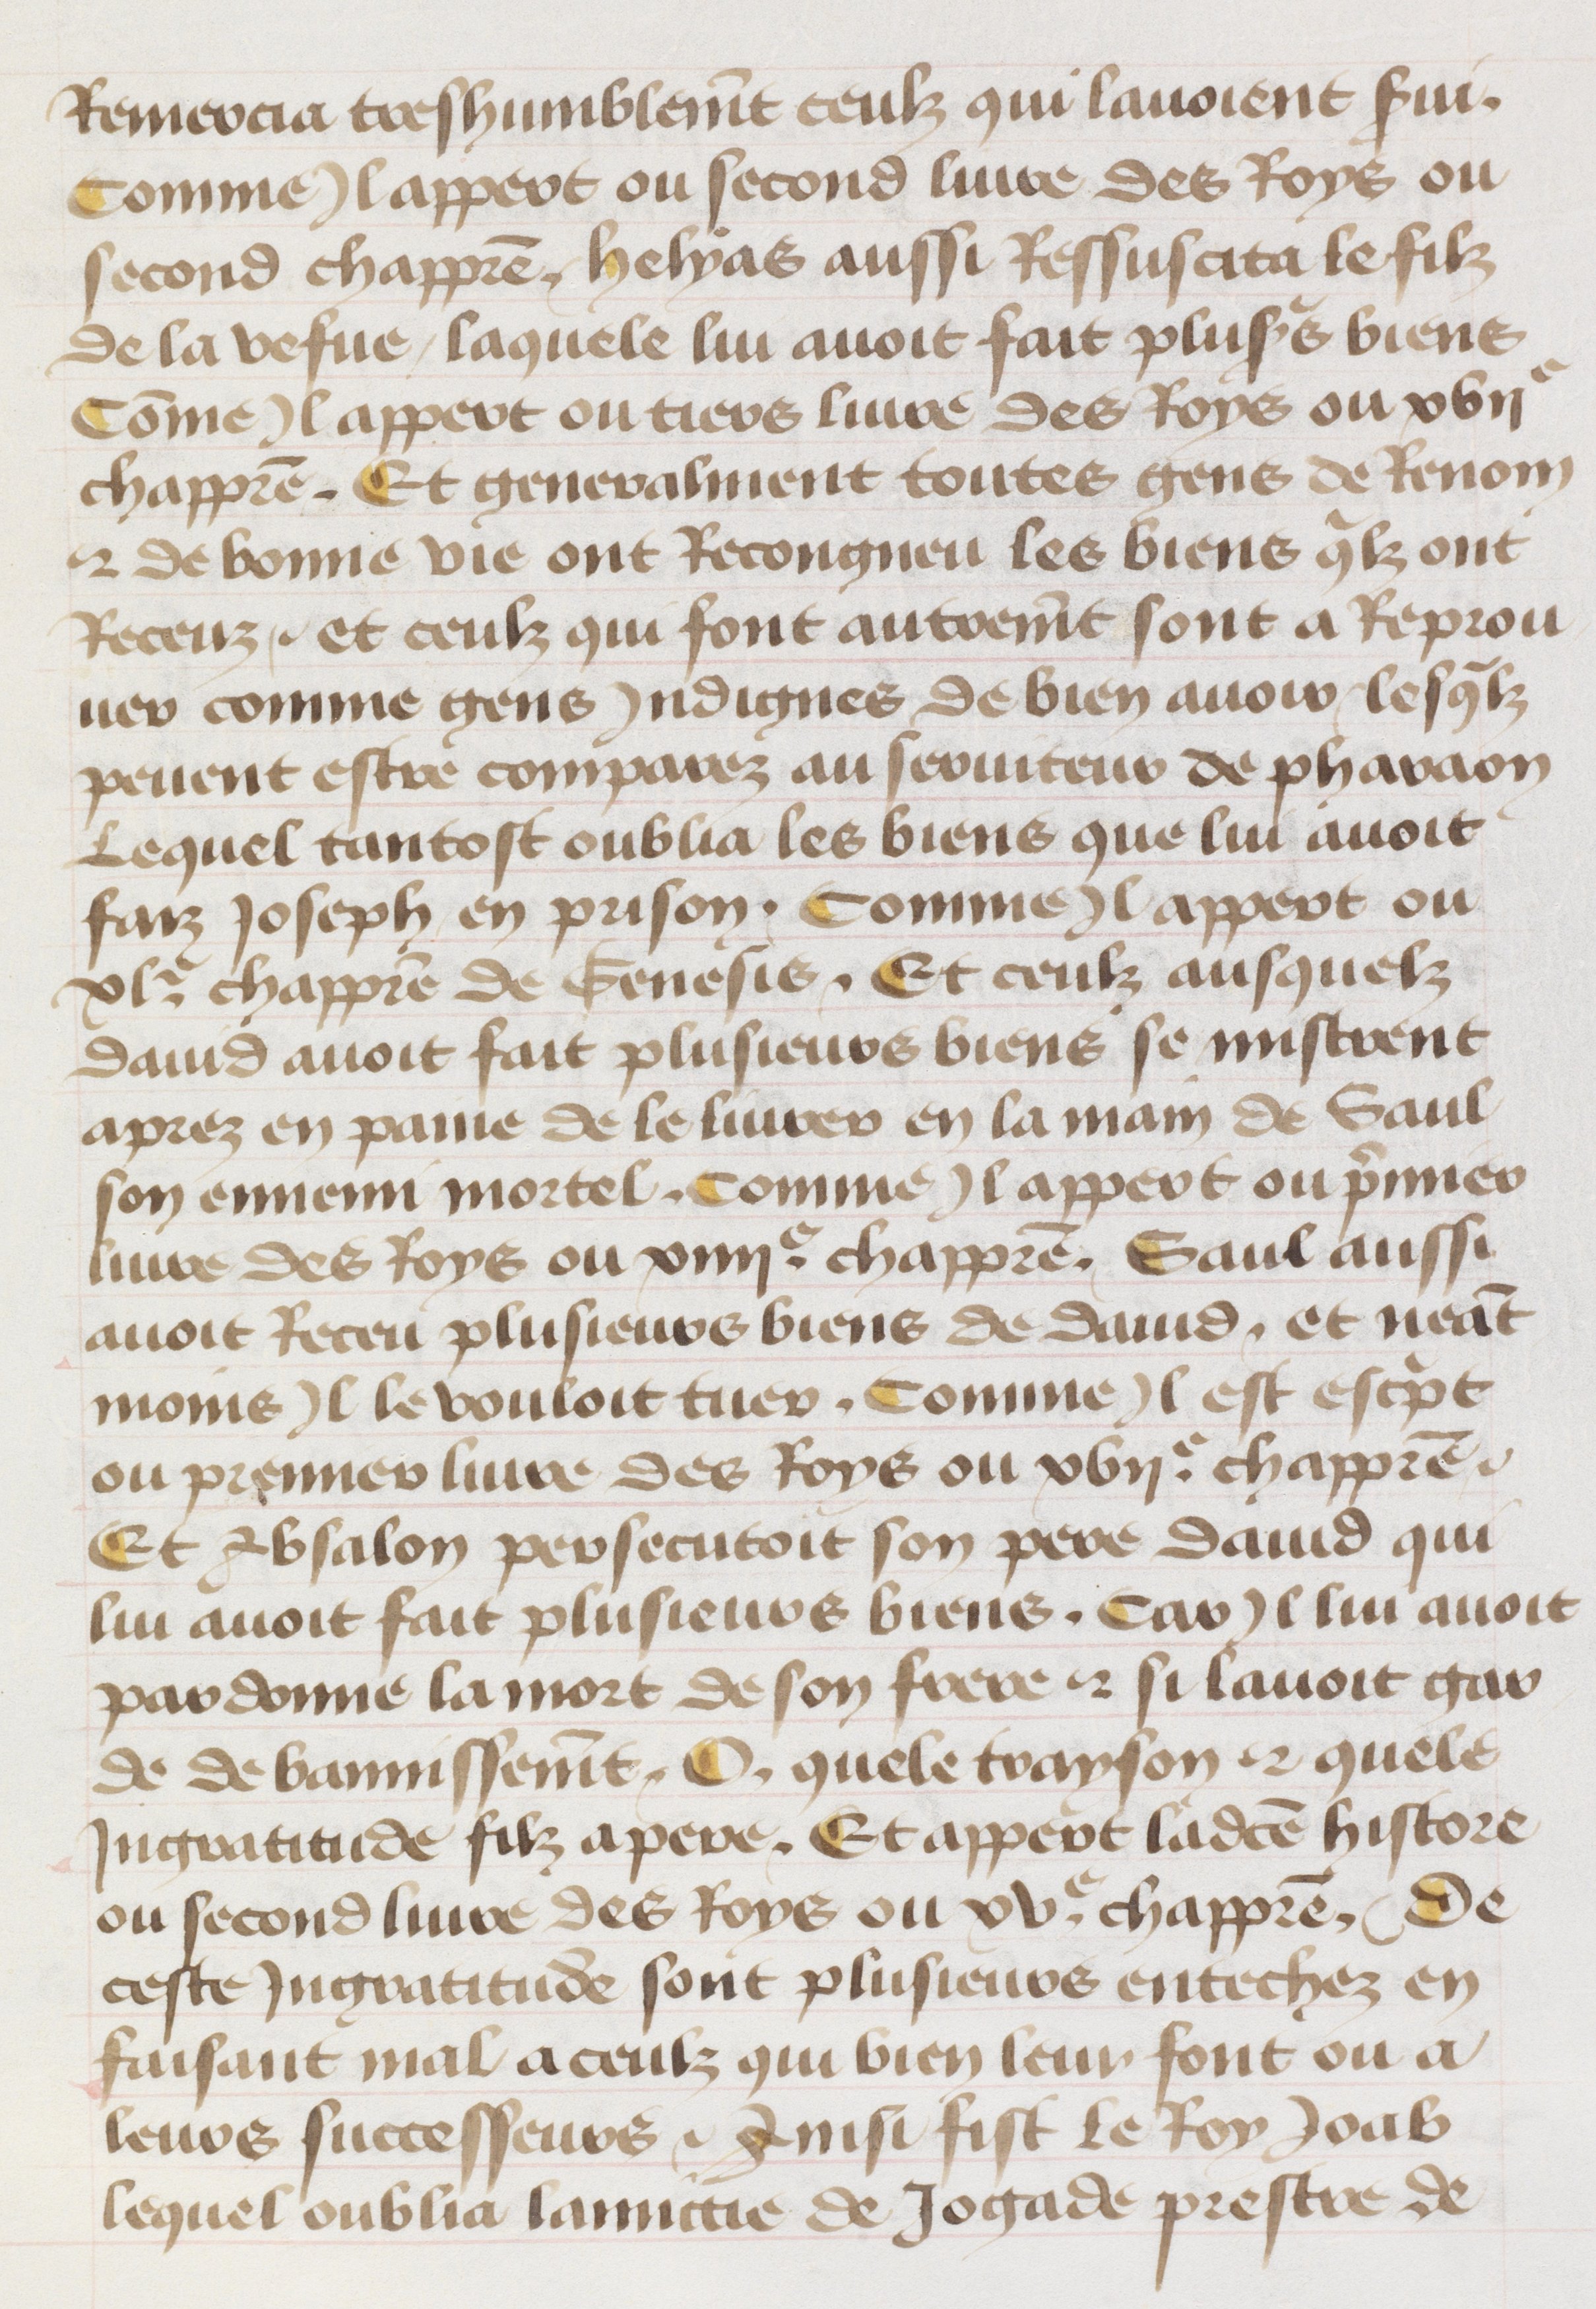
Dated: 1455–1485